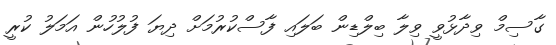
ގާސިމް ވިދާޅުވީ ވިލާ ބިލްޑިން ބަލައި ފާސްކުރުމަށް ދިޔަ ފުލުހުން އަމަލު ކުރީ